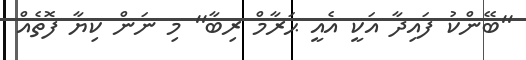
''ބޭންކު ފައިދާ އަކީ އެއީ ޙަރާމް ރިބާ'' މި ނަން ކިޔާ ފޮތެއް